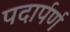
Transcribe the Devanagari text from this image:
पदार्पर्ण